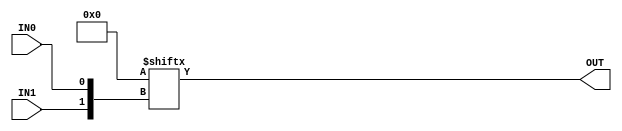
`timescale 1ns/1ps

/*
 This file contains simulation models for GreenPAK cells which are possible to fully model using synthesizeable
 behavioral Verilog constructs only.
 */

module GP_2LUT(input IN0, IN1, output OUT);
	parameter [3:0] INIT = 0;
	assign OUT = INIT[{IN1, IN0}];
endmodule

module GP_3LUT(input IN0, IN1, IN2, output OUT);
	parameter [7:0] INIT = 0;
	assign OUT = INIT[{IN2, IN1, IN0}];
endmodule

module GP_4LUT(
	input wire IN0,
	input wire IN1,
	input wire IN2,
	input wire IN3,
	output wire OUT);

	parameter [15:0] INIT = 0;
	assign OUT = INIT[{IN3, IN2, IN1, IN0}];
endmodule

module GP_CLKBUF(input wire IN, output wire OUT);
	assign OUT = IN;
endmodule

module GP_COUNT14(input CLK, input wire RST, output reg OUT);

	parameter RESET_MODE 	= "RISING";

	parameter COUNT_TO		= 14'h1;
	parameter CLKIN_DIVIDE	= 1;

	reg[13:0] count = COUNT_TO;

	initial begin
		if(CLKIN_DIVIDE != 1) begin
			$display("ERROR: CLKIN_DIVIDE values other than 1 not implemented");
			$finish;
		end
	end

	//Combinatorially output underflow flag whenever we wrap low
	always @(*) begin
		OUT <= (count == 14'h0);
	end

	//POR or SYSRST reset value is COUNT_TO. Datasheet is unclear but conversations w/ Silego confirm.
	//Runtime reset value is clearly 0 except in count/FSM cells where it's configurable but we leave at 0 for now.
	generate
		case(RESET_MODE)

			"RISING": begin
				always @(posedge CLK, posedge RST) begin
					if(RST)
						count		<= 0;
					else begin
						count		<= count - 1'd1;
						if(count == 0)
							count	<= COUNT_TO;
					end
				end
			end

			"FALLING": begin
				always @(posedge CLK, negedge RST) begin
					if(!RST)
						count		<= 0;
					else begin
						count		<= count - 1'd1;
						if(count == 0)
							count	<= COUNT_TO;
					end
				end
			end

			"BOTH": begin
				initial begin
					$display("Both-edge reset mode for GP_COUNT14 not implemented");
					$finish;
				end
			end

			"LEVEL": begin
				always @(posedge CLK, posedge RST) begin
					if(RST)
						count		<= 0;

					else begin
						count		<= count - 1'd1;
						if(count == 0)
							count	<= COUNT_TO;
					end
				end
			end

			default: begin
				initial begin
					$display("Invalid RESET_MODE on GP_COUNT14");
					$finish;
				end
			end

		endcase
	endgenerate

endmodule

module GP_COUNT14_ADV(input CLK, input RST, output reg OUT,
                     input UP, input KEEP, output reg[7:0] POUT);

	parameter RESET_MODE 	= "RISING";
	parameter RESET_VALUE   = "ZERO";

	parameter COUNT_TO		= 14'h1;
	parameter CLKIN_DIVIDE	= 1;

	initial begin
		if(CLKIN_DIVIDE != 1) begin
			$display("ERROR: CLKIN_DIVIDE values other than 1 not implemented");
			$finish;
		end
	end

	reg[13:0] count = COUNT_TO;

	//Combinatorially output underflow flag whenever we wrap low
	always @(*) begin
		if(UP)
			OUT <= (count == 14'h3fff);
		else
			OUT <= (count == 14'h0);
		POUT <= count[7:0];
	end

	//POR or SYSRST reset value is COUNT_TO. Datasheet is unclear but conversations w/ Silego confirm.
	//Runtime reset value is clearly 0 except in count/FSM cells where it's configurable but we leave at 0 for now.
	generate
		case(RESET_MODE)

			"RISING": begin
				always @(posedge CLK, posedge RST) begin

					//Resets
					if(RST) begin
						if(RESET_VALUE == "ZERO")
							count	<= 0;
						else
							count	<= COUNT_TO;
					end

					else if(KEEP) begin
					end
					else if(UP) begin
						count		<= count + 1'd1;
						if(count == 14'h3fff)
							count	<= COUNT_TO;
					end
					else begin
						count		<= count - 1'd1;

						if(count == 0)
							count	<= COUNT_TO;
					end

				end
			end

			"FALLING": begin
				always @(posedge CLK, negedge RST) begin

					//Resets
					if(!RST) begin
						if(RESET_VALUE == "ZERO")
							count	<= 0;
						else
							count	<= COUNT_TO;
					end

					else if(KEEP) begin
					end
					else if(UP) begin
						count		<= count + 1'd1;
						if(count == 14'h3fff)
							count	<= COUNT_TO;
					end
					else begin
						count		<= count - 1'd1;

						if(count == 0)
							count	<= COUNT_TO;
					end

				end
			end

			"BOTH": begin
				initial begin
					$display("Both-edge reset mode for GP_COUNT14_ADV not implemented");
					$finish;
				end
			end

			"LEVEL": begin
				always @(posedge CLK, posedge RST) begin

					//Resets
					if(RST) begin
						if(RESET_VALUE == "ZERO")
							count	<= 0;
						else
							count	<= COUNT_TO;
					end

					else begin

						if(KEEP) begin
						end
						else if(UP) begin
							count		<= count + 1'd1;
							if(count == 14'h3fff)
								count	<= COUNT_TO;
						end
						else begin
							count		<= count - 1'd1;

							if(count == 0)
								count	<= COUNT_TO;
						end

					end

				end
			end

			default: begin
				initial begin
					$display("Invalid RESET_MODE on GP_COUNT14_ADV");
					$finish;
				end
			end

		endcase
	endgenerate

endmodule

module GP_COUNT8_ADV(input CLK, input RST, output reg OUT,
                     input UP, input KEEP, output reg[7:0] POUT);

	parameter RESET_MODE 	= "RISING";
	parameter RESET_VALUE   = "ZERO";

	parameter COUNT_TO		= 8'h1;
	parameter CLKIN_DIVIDE	= 1;

	reg[7:0] count = COUNT_TO;

	initial begin
		if(CLKIN_DIVIDE != 1) begin
			$display("ERROR: CLKIN_DIVIDE values other than 1 not implemented");
			$finish;
		end
	end

	//Combinatorially output underflow flag whenever we wrap low
	always @(*) begin
		if(UP)
			OUT <= (count == 8'hff);
		else
			OUT <= (count == 8'h0);
		POUT <= count;
	end

	//POR or SYSRST reset value is COUNT_TO. Datasheet is unclear but conversations w/ Silego confirm.
	//Runtime reset value is clearly 0 except in count/FSM cells where it's configurable but we leave at 0 for now.
	generate
		case(RESET_MODE)

			"RISING": begin
				always @(posedge CLK, posedge RST) begin

					//Resets
					if(RST) begin
						if(RESET_VALUE == "ZERO")
							count	<= 0;
						else
							count	<= COUNT_TO;
					end

					//Main counter
					else if(KEEP) begin
					end
					else if(UP) begin
						count		<= count + 1'd1;
						if(count == 8'hff)
							count	<= COUNT_TO;
					end
					else begin
						count		<= count - 1'd1;

						if(count == 0)
							count	<= COUNT_TO;
					end

				end
			end

			"FALLING": begin
				always @(posedge CLK, negedge RST) begin

					//Resets
					if(!RST) begin
						if(RESET_VALUE == "ZERO")
							count	<= 0;
						else
							count	<= COUNT_TO;
					end

					//Main counter
					else if(KEEP) begin
					end
					else if(UP) begin
						count		<= count + 1'd1;
						if(count == 8'hff)
							count	<= COUNT_TO;
					end
					else begin
						count		<= count - 1'd1;

						if(count == 0)
							count	<= COUNT_TO;
					end

				end
			end

			"BOTH": begin
				initial begin
					$display("Both-edge reset mode for GP_COUNT8_ADV not implemented");
					$finish;
				end
			end

			"LEVEL": begin
				always @(posedge CLK, posedge RST) begin

					//Resets
					if(RST) begin
						if(RESET_VALUE == "ZERO")
							count	<= 0;
						else
							count	<= COUNT_TO;
					end

					else begin

						if(KEEP) begin
						end
						else if(UP) begin
							count		<= count + 1'd1;
							if(count == 8'hff)
								count	<= COUNT_TO;
						end
						else begin
							count		<= count - 1'd1;

							if(count == 0)
								count	<= COUNT_TO;
						end
					end

				end
			end

			default: begin
				initial begin
					$display("Invalid RESET_MODE on GP_COUNT8_ADV");
					$finish;
				end
			end

		endcase
	endgenerate

endmodule

module GP_COUNT8(
	input wire CLK,
	input wire RST,
	output reg OUT,
	output reg[7:0] POUT);

	parameter RESET_MODE 	= "RISING";

	parameter COUNT_TO		= 8'h1;
	parameter CLKIN_DIVIDE	= 1;

	initial begin
		if(CLKIN_DIVIDE != 1) begin
			$display("ERROR: CLKIN_DIVIDE values other than 1 not implemented");
			$finish;
		end
	end

	reg[7:0] count = COUNT_TO;

	//Combinatorially output underflow flag whenever we wrap low
	always @(*) begin
		OUT <= (count == 8'h0);
		POUT <= count;
	end

	//POR or SYSRST reset value is COUNT_TO. Datasheet is unclear but conversations w/ Silego confirm.
	//Runtime reset value is clearly 0 except in count/FSM cells where it's configurable but we leave at 0 for now.
	generate
		case(RESET_MODE)

			"RISING": begin
				always @(posedge CLK, posedge RST) begin
					if(RST)
						count	<= 0;
					else begin
						count		<= count - 1'd1;
						if(count == 0)
							count	<= COUNT_TO;
					end
				end
			end

			"FALLING": begin
				always @(posedge CLK, negedge RST) begin
					if(!RST)
						count	<= 0;
					else begin
						count		<= count - 1'd1;
						if(count == 0)
							count	<= COUNT_TO;
					end
				end
			end

			"BOTH": begin
				initial begin
					$display("Both-edge reset mode for GP_COUNT8 not implemented");
					$finish;
				end
			end

			"LEVEL": begin
				always @(posedge CLK, posedge RST) begin
					if(RST)
						count	<= 0;

					else begin
						count		<= count - 1'd1;
						if(count == 0)
							count	<= COUNT_TO;
					end
				end
			end

			default: begin
				initial begin
					$display("Invalid RESET_MODE on GP_COUNT8");
					$finish;
				end
			end

		endcase
	endgenerate

endmodule

module GP_DCMPREF(output reg[7:0]OUT);
	parameter[7:0] REF_VAL = 8'h00;
	initial OUT = REF_VAL;
endmodule

module GP_DCMPMUX(input[1:0] SEL, input[7:0] IN0, input[7:0] IN1, input[7:0] IN2, input[7:0] IN3, output reg[7:0] OUTA, output reg[7:0] OUTB);

	always @(*) begin
		case(SEL)
			2'd00: begin
				OUTA <= IN0;
				OUTB <= IN3;
			end

			2'd01: begin
				OUTA <= IN1;
				OUTB <= IN2;
			end

			2'd02: begin
				OUTA <= IN2;
				OUTB <= IN1;
			end

			2'd03: begin
				OUTA <= IN3;
				OUTB <= IN0;
			end

		endcase
	end
endmodule

module GP_DELAY(input IN, output reg OUT);

	parameter DELAY_STEPS = 1;
	parameter GLITCH_FILTER = 0;

	initial OUT = 0;

	generate

		if(GLITCH_FILTER) begin
			initial begin
				$display("ERROR: GP_DELAY glitch filter mode not implemented");
				$finish;
			end
		end

		//TODO: These delays are PTV dependent! For now, hard code 3v3 timing
		//Change simulation-mode delay depending on global Vdd range (how to specify this?)
		always @(*) begin
			case(DELAY_STEPS)
				1: #166 OUT = IN;
				2: #318 OUT = IN;
				2: #471 OUT = IN;
				3: #622 OUT = IN;
				default: begin
					$display("ERROR: GP_DELAY must have DELAY_STEPS in range [1,4]");
					$finish;
				end
			endcase
		end

	endgenerate

endmodule

module GP_DFF(input D, CLK, output reg Q);
	parameter [0:0] INIT = 1'bx;
	initial Q = INIT;
	always @(posedge CLK) begin
		Q <= D;
	end
endmodule

module GP_DFFI(input D, CLK, output reg nQ);
	parameter [0:0] INIT = 1'bx;
	initial nQ = INIT;
	always @(posedge CLK) begin
		nQ <= ~D;
	end
endmodule

module GP_DFFR(input D, CLK, nRST, output reg Q);
	parameter [0:0] INIT = 1'bx;
	initial Q = INIT;
	always @(posedge CLK, negedge nRST) begin
		if (!nRST)
			Q <= 1'b0;
		else
			Q <= D;
	end
endmodule

module GP_DFFRI(input D, CLK, nRST, output reg nQ);
	parameter [0:0] INIT = 1'bx;
	initial nQ = INIT;
	always @(posedge CLK, negedge nRST) begin
		if (!nRST)
			nQ <= 1'b1;
		else
			nQ <= ~D;
	end
endmodule

module GP_DFFS(input D, CLK, nSET, output reg Q);
	parameter [0:0] INIT = 1'bx;
	initial Q = INIT;
	always @(posedge CLK, negedge nSET) begin
		if (!nSET)
			Q <= 1'b1;
		else
			Q <= D;
	end
endmodule

module GP_DFFSI(input D, CLK, nSET, output reg nQ);
	parameter [0:0] INIT = 1'bx;
	initial nQ = INIT;
	always @(posedge CLK, negedge nSET) begin
		if (!nSET)
			nQ <= 1'b0;
		else
			nQ <= ~D;
	end
endmodule

module GP_DFFSR(input D, CLK, nSR, output reg Q);
	parameter [0:0] INIT = 1'bx;
	parameter [0:0] SRMODE = 1'bx;
	initial Q = INIT;
	always @(posedge CLK, negedge nSR) begin
		if (!nSR)
			Q <= SRMODE;
		else
			Q <= D;
	end
endmodule

module GP_DFFSRI(input D, CLK, nSR, output reg nQ);
	parameter [0:0] INIT = 1'bx;
	parameter [0:0] SRMODE = 1'bx;
	initial nQ = INIT;
	always @(posedge CLK, negedge nSR) begin
		if (!nSR)
			nQ <= ~SRMODE;
		else
			nQ <= ~D;
	end
endmodule

module GP_DLATCH(input D, input nCLK, output reg Q);
	parameter [0:0] INIT = 1'bx;
	initial Q = INIT;
	always @(*) begin
		if(!nCLK)
			Q <= D;
	end
endmodule

module GP_DLATCHI(input D, input nCLK, output reg nQ);
	parameter [0:0] INIT = 1'bx;
	initial nQ = INIT;
	always @(*) begin
		if(!nCLK)
			nQ <= ~D;
	end
endmodule

module GP_DLATCHR(input D, input nCLK, input nRST, output reg Q);
	parameter [0:0] INIT = 1'bx;
	initial Q = INIT;
	always @(*) begin
		if(!nRST)
			Q <= 1'b0;
		else if(!nCLK)
			Q <= D;
	end
endmodule

module GP_DLATCHRI(input D, input nCLK, input nRST, output reg nQ);
	parameter [0:0] INIT = 1'bx;
	initial nQ = INIT;
	always @(*) begin
		if(!nRST)
			nQ <= 1'b1;
		else if(!nCLK)
			nQ <= ~D;
	end
endmodule

module GP_DLATCHS(input D, input nCLK, input nSET, output reg Q);
	parameter [0:0] INIT = 1'bx;
	initial Q = INIT;
	always @(*) begin
		if(!nSET)
			Q <= 1'b1;
		else if(!nCLK)
			Q <= D;
	end
endmodule

module GP_DLATCHSI(input D, input nCLK, input nSET, output reg nQ);
	parameter [0:0] INIT = 1'bx;
	initial nQ = INIT;
	always @(*) begin
		if(!nSET)
			nQ <= 1'b0;
		else if(!nCLK)
			nQ <= ~D;
	end
endmodule

module GP_DLATCHSR(input D, input nCLK, input nSR, output reg Q);
	parameter [0:0] INIT = 1'bx;
	parameter[0:0] SRMODE = 1'bx;
	initial Q = INIT;
	always @(*) begin
		if(!nSR)
			Q <= SRMODE;
		else if(!nCLK)
			Q <= D;
	end
endmodule

module GP_DLATCHSRI(input D, input nCLK, input nSR, output reg nQ);
	parameter [0:0] INIT = 1'bx;
	parameter[0:0] SRMODE = 1'bx;
	initial nQ = INIT;
	always @(*) begin
		if(!nSR)
			nQ <= ~SRMODE;
		else if(!nCLK)
			nQ <= ~D;
	end
endmodule

module GP_IBUF(input IN, output OUT);
	assign OUT = IN;
endmodule

module GP_IOBUF(input IN, input OE, output OUT, inout IO);
	assign OUT = IO;
	assign IO = OE ? IN : 1'bz;
endmodule

module GP_INV(input IN, output OUT);
	assign OUT = ~IN;
endmodule

module GP_OBUF(input IN, output OUT);
	assign OUT = IN;
endmodule

module GP_OBUFT(input IN, input OE, output OUT);
	assign OUT = OE ? IN : 1'bz;
endmodule

module GP_PGEN(input wire nRST, input wire CLK, output reg OUT);
	initial OUT = 0;
	parameter PATTERN_DATA = 16'h0;
	parameter PATTERN_LEN = 5'd16;

	localparam COUNT_MAX =  PATTERN_LEN - 1'h1;

	reg[3:0] count = 0;
	always @(posedge CLK, negedge nRST) begin

		if(!nRST)
			count	<= 0;

		else begin
			count	<= count - 1'h1;
			if(count == 0)
				count <= COUNT_MAX;
		end
	end

	always @(*)
		OUT	= PATTERN_DATA[count];

endmodule

module GP_SHREG(input nRST, input CLK, input IN, output OUTA, output OUTB);

	parameter OUTA_TAP = 1;
	parameter OUTA_INVERT = 0;
	parameter OUTB_TAP = 1;

	reg[15:0] shreg = 0;

	always @(posedge CLK, negedge nRST) begin

		if(!nRST)
			shreg = 0;

		else
			shreg <= {shreg[14:0], IN};

	end

	assign OUTA = (OUTA_INVERT) ? ~shreg[OUTA_TAP - 1] : shreg[OUTA_TAP - 1];
	assign OUTB = shreg[OUTB_TAP - 1];

endmodule

module GP_VDD(output OUT);
       assign OUT = 1;
endmodule

module GP_VSS(output OUT);
       assign OUT = 0;
endmodule